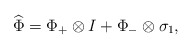
\begin{align*}\widehat{\Phi}=\Phi_+\otimes I+\Phi_-\otimes\sigma_1, \end{align*}